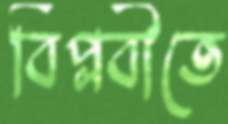
বিপ্লবীতে